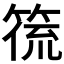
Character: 𮅛